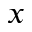
_ x